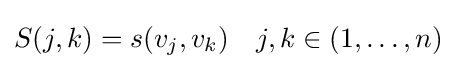
S(j,k)=s(v_{j},v_{k})\quad j,k\in (1,\ldots ,n)